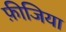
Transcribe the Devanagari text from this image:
फ़ीजिया